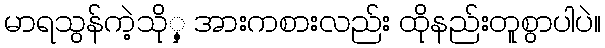
မာရသွန်ကဲ့သိုှ့ အားကစားလည်း ထိုနည်းတူစွာပါပဲ။